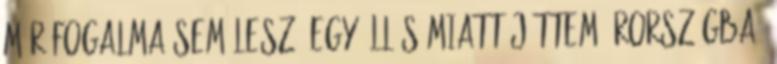
már fogalma sem lesz „Egy állás miatt jöttem Írországba,